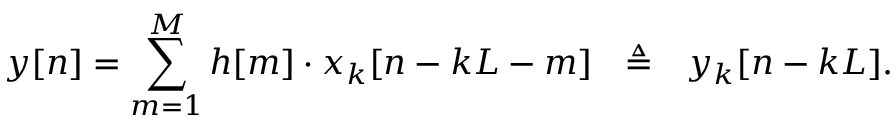
y [ n ] = \sum _ { m = 1 } ^ { M } h [ m ] \cdot x _ { k } [ n - k L - m ] \ \ \triangleq \ \ y _ { k } [ n - k L ] .